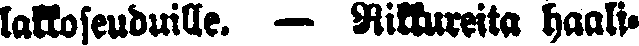
lakkoseuduille. — Rikkureita haali-